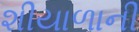
શીયાળાની